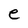
Character: e